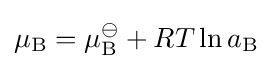
\mu _{\mathrm {B} }=\mu _{\mathrm {B} }^{\ominus }+RT\ln a_{\mathrm {B} }